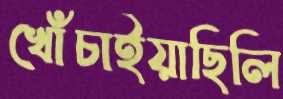
খোঁচাইয়াছিলি